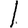
Digit: 1